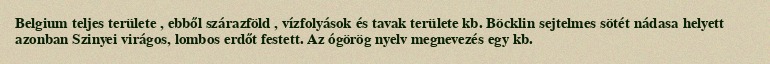
Belgium teljes területe , ebből szárazföld , vízfolyások és tavak területe kb. Böcklin sejtelmes sötét nádasa helyett azonban Szinyei virágos, lombos erdőt festett. Az ógörög nyelv megnevezés egy kb.